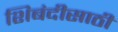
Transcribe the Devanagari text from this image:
शिबंदीसाठी